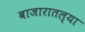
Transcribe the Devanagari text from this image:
बाजारातल्या